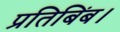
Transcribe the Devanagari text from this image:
प्रतिबिंब।